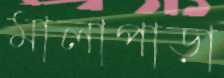
মালাপাড়া